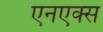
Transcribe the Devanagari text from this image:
एनएक्स